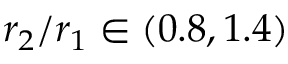
r _ { 2 } / r _ { 1 } \in ( 0 . 8 , 1 . 4 )